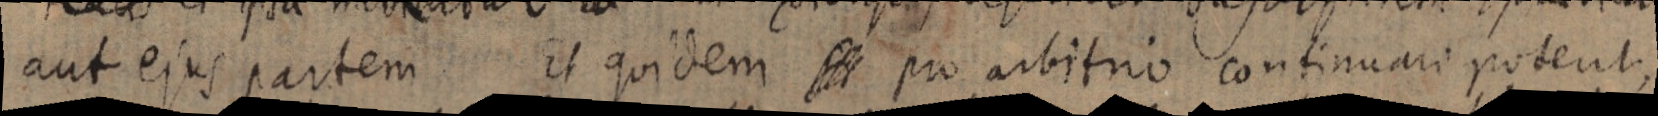
aut ejus partem Et quidem pro arbitrio continuari podent,